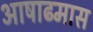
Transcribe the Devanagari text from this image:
आषाढमास